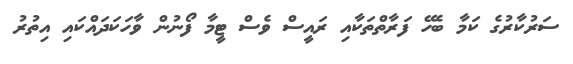
ސަރުކާރުގެ ކަމާ ބެހޭ ފަރާތްތަކާއި ރައީސް ވެސް ޓީމާ ފޯނުން ވާހަކަދައްކައި އިތުރު